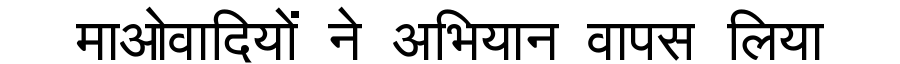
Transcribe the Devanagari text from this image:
माओवादियों ने अभियान वापस लिया